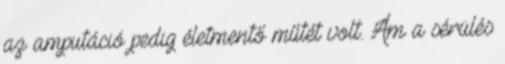
az amputáció pedig életmentő műtét volt. Ám a sérülés